Leprosy in India: report of the Leprosy Commission in India, 1890-91
Year: 1890
Disease focus: Leprosy
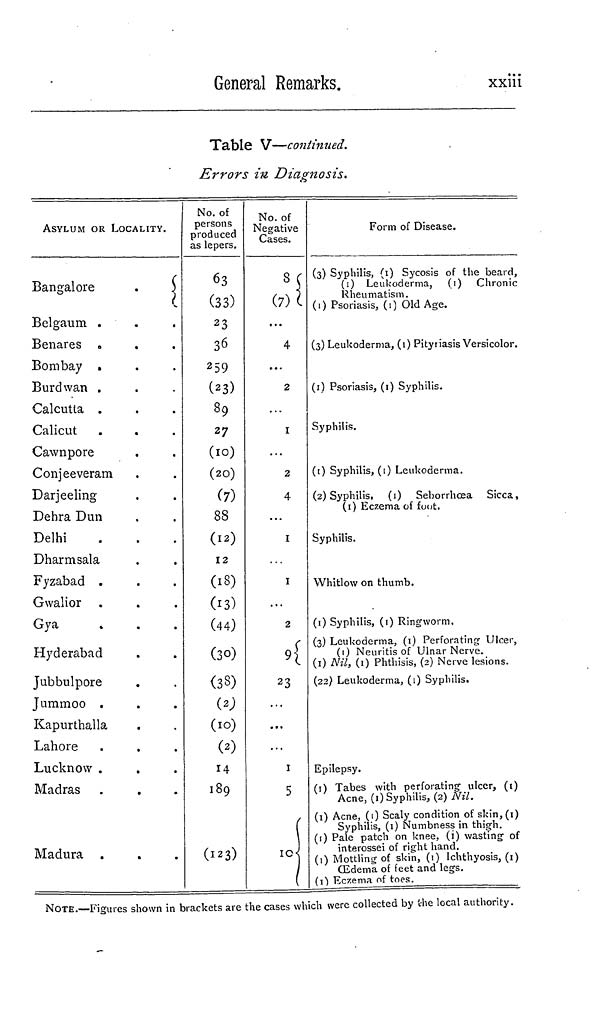
General Remarks.
xxiii
Table V—continued.
Errors in Diagnosis.
ASYLUM OR LOCALITY.
Bangalore
.
Bel gaum .
Benares
Bombay .
Burdwan .
Calcutta .
Calicut
Cawnpore
Conjeeveram
Darjeeling
Dehra Dun
Delhi
Dharmsala
Fyzabad .
Gwalior
Gya
Hyderabad
Jubbulpore
Jummoo .
Kapurthalla
Lahore
Lucknow .
Madras
Madura .
No. of
persons
produced
as lepers.
63
(33)
23
36
2 59
(23)
89
27
(10)
(20)
(7)
88
(12)
12
(18)
(13)
(44)
(30)
(38)
(2)
(10)
(2)
14
189
(123)
No. of
Negative
Cases.
8
(7)
4
2
1
2
4
1
1
2
23
1
5
10
Form of Disease.
(3) Syphilis, (1) Sycosis of the beard,
(1) Leukoderma, (1) Chronic
Rheumatism.
(1) Psoriasis, (1) Old Age.
(3) Leukoderma, (1) Pityriasis Versicolor,
(1) Psoriasis, (1) Syphilis.
Syphilis.
(1) Syphilis, (1) Leukoderma.
(2) Syphilis, (1) Seborrhcea Sicca,
(1) Eczema of foot.
Syphilis.
Whitlow on thumb.
(1) Syphilis, (1) Ringworm,
(3) Leukoderma, (1) Perforating Ulcer,
(1) Neuritis of Ulnar Nerve.
(1) Nil, (1) Phthisis, (2) Nerve lesions.
(22) Leukoderma, (1) Syphilis.
Epilepsy.
(1) Tabes with perforating ulcer, (i)
Acne, (1) Syphilis, (2) Nil.
(1) Acne, (1) Scaly condition of skin,(i)
Syphilis, (1) Numbness in thigh.
(1) Pale patch on knee, (i) wasting of
interossei of right hand.
(1) Mottling of skin, (1) Ichthyosis, (1)
Œdema of feet and legs.
(1) Eczema of toes.
NOTE.—Figures shown in brackets are the cases which were collected by the local authority.